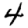
Digit: 4